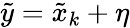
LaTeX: \tilde{y}=\tilde{x}_{k}+\eta